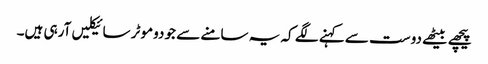
پیچھے بیٹھے دوست سے کہنے لگے کہ یہ سامنے سے جو دوموٹر سائیکلیں آرہی ہیں۔